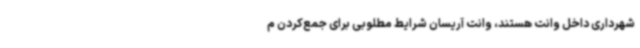
شهرداری داخل وانت هستند، وانت آریسان شرایط مطلوبی برای جمع‌کردن م